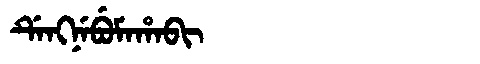
Manchu: ᡩᡝᠩᠨᡝᠪᡠᠮᠠᡥᠠᠪᡳ
Romanization: DENGNEBUMAHABI